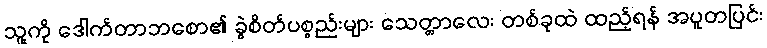
သူ့ကို ဒေါက်တာဘစော၏ ခွဲစိတ်ပစ္စည်းများ သေတ္တာလေး တစ်ခုထဲ ထည့်ရန် အပူတပြင်း